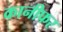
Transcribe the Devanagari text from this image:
कानीफर